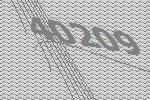
40209